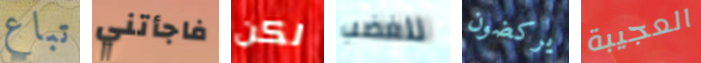
تباع فاجأتني لكن للغضب يركضون العجيبة